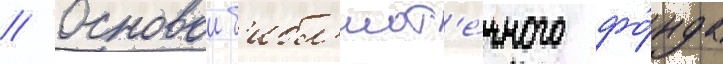
// Основои б'ибл'иот'е́чного фо́нда